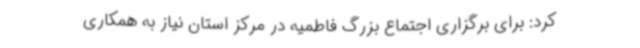
کرد: برای برگزاری اجتماع بزرگ فاطمیه در مرکز استان نیاز به همکاری